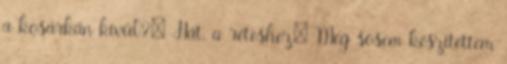
a kosárkán kívül?: Hát, a réteshez: Még sosem készítettem